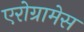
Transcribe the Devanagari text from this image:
एरोग्रामेस